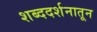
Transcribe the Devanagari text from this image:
शब्ददर्शनातून